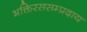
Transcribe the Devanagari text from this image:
भक्तिरससम्प्रदाय